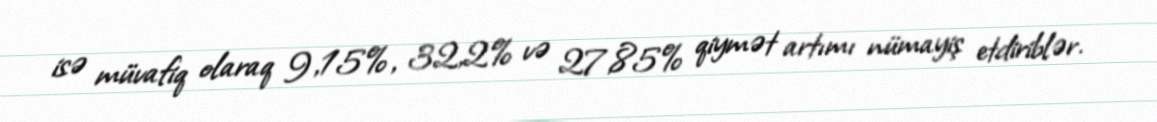
isə müvafiq olaraq 9,15%, 32,2% və 27,85% qiymət artımı nümayiş etdiriblər.